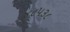
૪૮૫૩૮